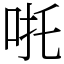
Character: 𠱹